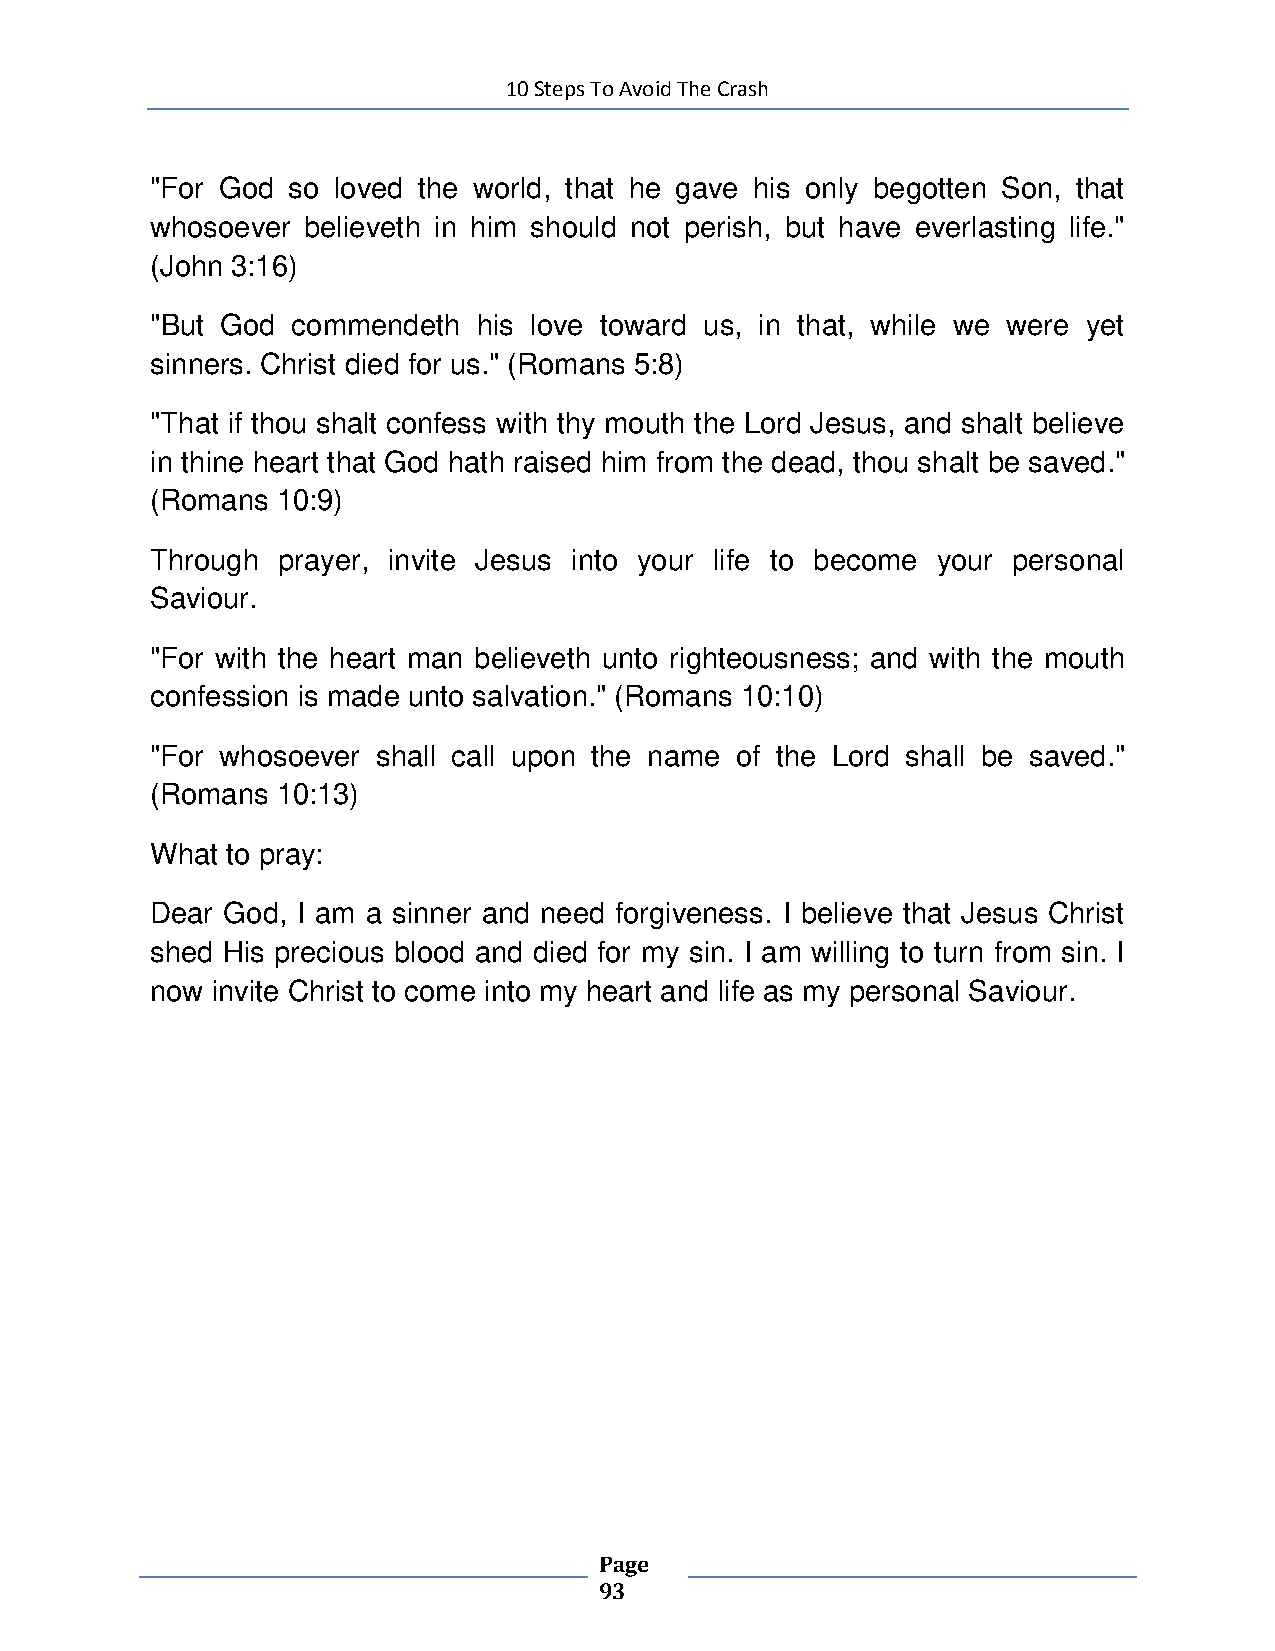
10 Steps To Avoid The Crash
 "For God so loved the world, that he gave his only begotten Son, that
 whosoever believeth in him should not perish, but have everlasting life."
 (John 3:16)
 "But God commendeth   his love toward us, in that, while we were yet
 sinners. Christ died for us." (Romans 5:8)
 "That if thou shalt confess with thy mouth the Lord Jesus, and shalt believe
 in thine heart that God hath raised him from the dead, thou shalt be saved."
 (Romans 10:9)
 Through prayer, invite Jesus into your life to become your personal
 Saviour.
 "For with the heart man believeth unto righteousness; and with the mouth
 confession is made unto salvation." (Romans 10:10)
 "For whosoever shall call upon the name of the Lord shall be saved."
 (Romans 10:13)
 What to pray:
 Dear God, I am a sinner and need forgiveness. I believe that Jesus Christ
 shed His precious blood and died for my sin. I am willing to turn from sin. I
 now invite Christ to come into my heart and life as my personal Saviour.
 Page
 93